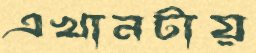
এখানটায়